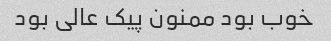
خوب بود ممنون پیک عالی بود